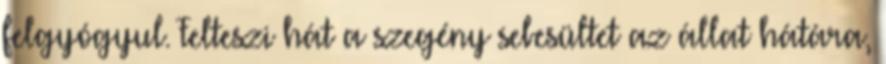
felgyógyul. Felteszi hát a szegény sebesültet az állat hátára,